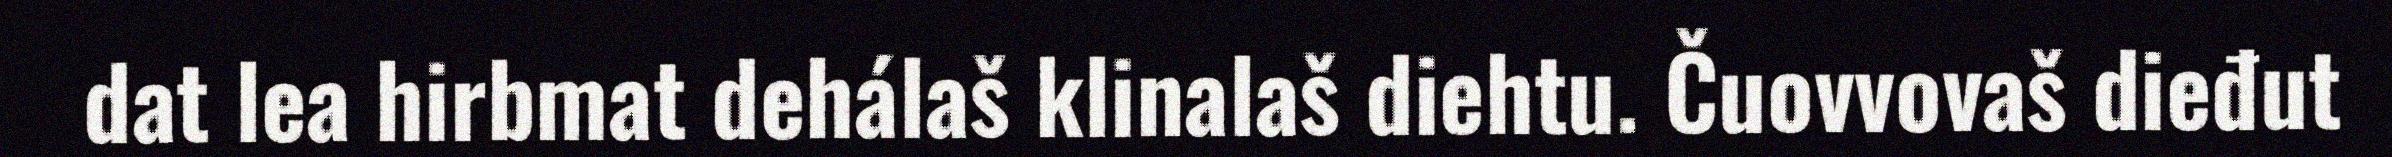
dat lea hirbmat dehálaš klinalaš diehtu. Čuovvovaš dieđut